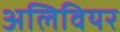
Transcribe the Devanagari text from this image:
अलिवियर